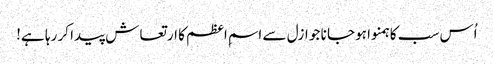
اُس سب کا ہمنوا ہوجا نا جو ازل سے اسمِ اعظم کا ارتعاش پیدا کر رہا ہے!